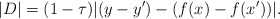
\begin{align*} |D| = (1-\tau) |(y - y') - (f(x) - f(x'))|.\end{align*}